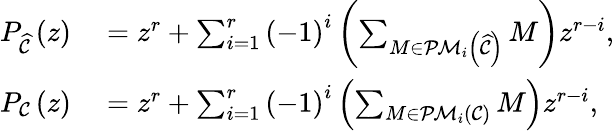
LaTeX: \begin{array}{rl}{P_{\widehat{\mathcal{C}}}\left(z\right)}&{{}=z^{r}+\sum_{i=1}^{r}\left(-1\right)^{i}\left(\sum_{M\in\mathcal{PM}_{i}\left(\widehat{\mathcal{C}}\right)}M\right)z^{r-i},}\\ {P_{\mathcal{C}}\left(z\right)}&{{}=z^{r}+\sum_{i=1}^{r}\left(-1\right)^{i}\left(\sum_{M\in\mathcal{PM}_{i}\left(\mathcal{C}\right)}M\right)z^{r-i},}\end{array}